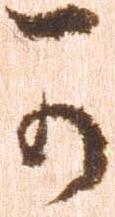
可